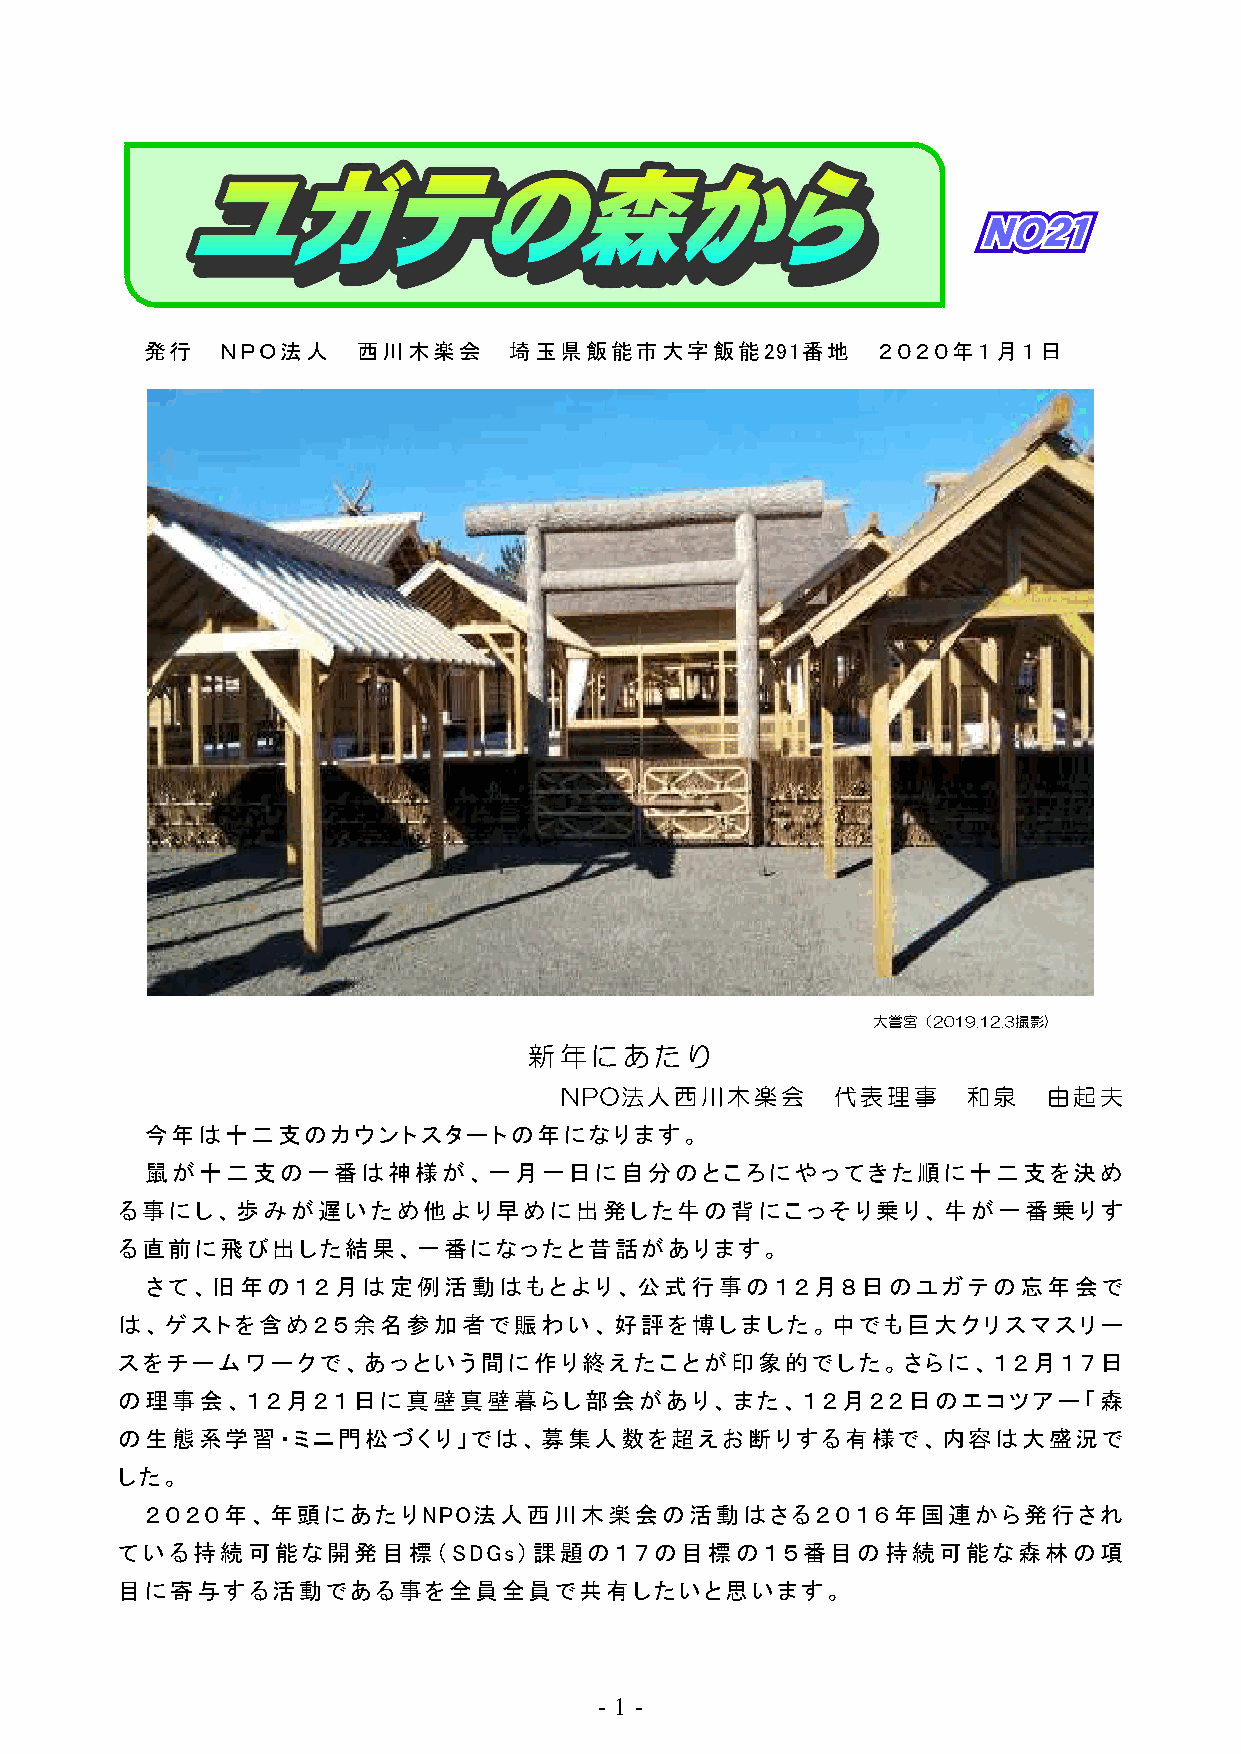
発行   ＮＰＯ法人    西川木楽会     埼玉県飯能市大字飯能291番地         ２０２０年１月１日
 大嘗宮（2019.12.3撮影)
 新年にあたり
 NPO法人西川木楽会        代表理事     和泉   由起夫
 今年は十二支のカウントスタートの年になります。
 鼠が十二支の一番は神様が、一月一日に自分のところにやってきた順に十二支を決め
 る事にし、歩みが遅いため他より早めに出発した牛の背にこっそり乗り、牛が一番乗りす
 る直前に飛び出した結果、一番になったと昔話があります。
 さて、旧年の１２月は定例活動はもとより、公式行事の１２月８日のユガテの忘年会で
 は、ゲストを含め２５余名参加者で賑わい、好評を博しました。中でも巨大クリスマスリー
 スをチームワークで、あっという間に作り終えたことが印象的でした。さらに、１２月１７日
 の理事会、１２月２１日に真壁真壁暮らし部会があり、また、１２月２２日のエコツアー「森
 の生態系学習・ミニ門松づくり」では、募集人数を超えお断りする有様で、内容は大盛況で
 した。
 ２０２０年、年頭にあたりNPO法人西川木楽会の活動はさる２０１６年国連から発行され
 ている持続可能な開発目標（SDGs）課題の１７の目標の１５番目の持続可能な森林の項
 目に寄与する活動である事を全員全員で共有したいと思います。
 - 1 -